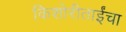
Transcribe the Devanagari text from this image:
किशोरीताईंचा